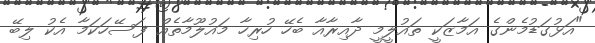
"އަޅުގަޑުމެންގެ އަމާޒަކީ ތައުލީމީ ދާއިރާއާ ބެހޭ ހުރިހާ މައުލޫމާތެއް ފަސޭހަކަމާ އެކު ލިބޭ